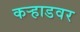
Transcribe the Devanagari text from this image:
कऱ्हाडवर